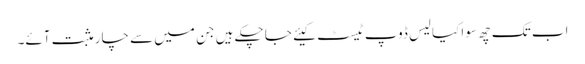
اب تک چھ سو اکیالیس ڈوپ ٹیسٹ کیئے جا چکے ہیں جن میں سے چار مثبت آئے۔